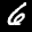
Label: 6